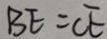
B E = C E